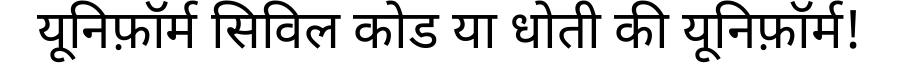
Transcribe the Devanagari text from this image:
यूनिफ़ॉर्म सिविल कोड या धोती की यूनिफ़ॉर्म!